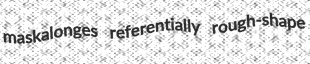
maskalonges referentially rough-shape